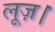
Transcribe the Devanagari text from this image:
लूज़।